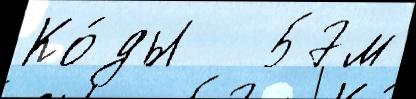
Ко́ды   57м